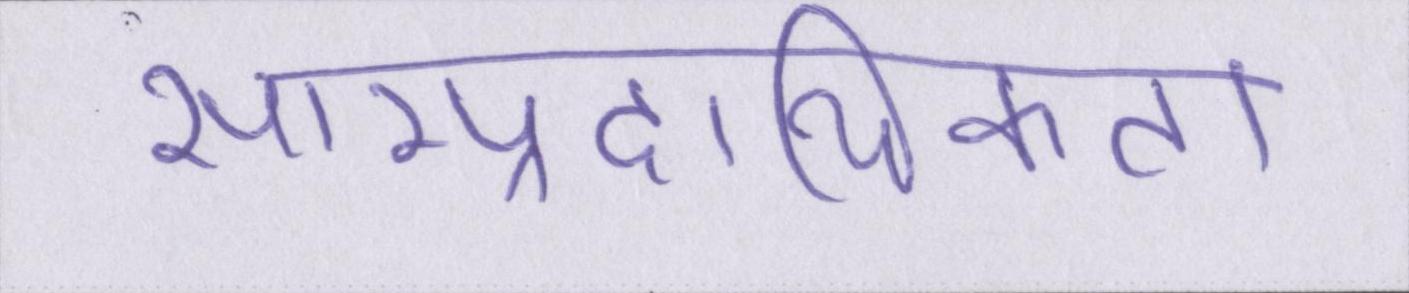
साम्प्रदायिकता